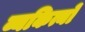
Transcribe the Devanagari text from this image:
व्यकित्यों